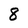
Character: 8